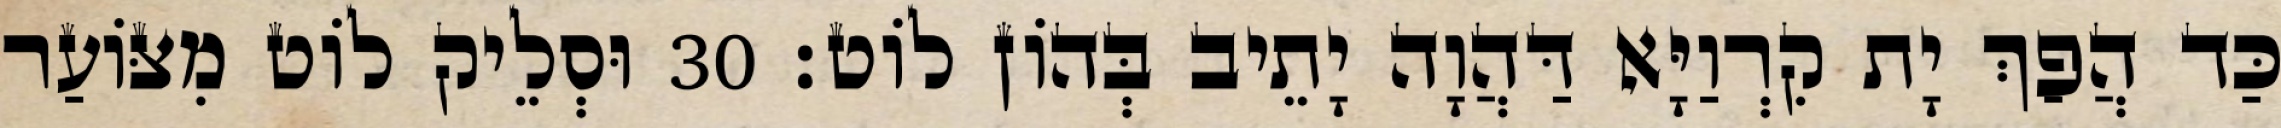
כַּד הֲפַךְ יָת קִרְוַיָּא דַּהֲוָה יָתֵיב בְּהוֹן לוֹט׃ 30 וּסְלֵיק לוֹט מִצּוֹעַר